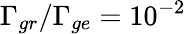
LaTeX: \Gamma_{gr}/\Gamma_{ge}=10^{-2}